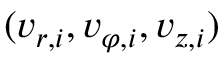
( v _ { r , i } , v _ { \varphi , i } , v _ { z , i } )